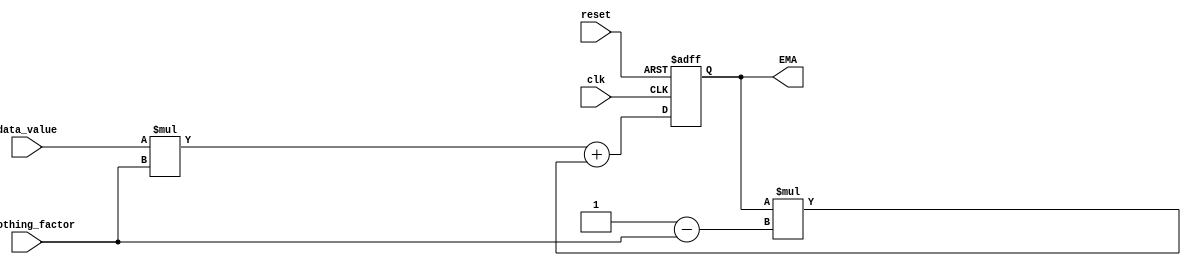
module EMA_accumulator(
    input wire clk,
    input wire reset,
    input wire [31:0] data_value,
    input wire [31:0] smoothing_factor,
    output reg [31:0] EMA
);

reg [31:0] EMA_next;

always @(posedge clk or posedge reset) begin
    if (reset) begin
        EMA <= 0;
    end else begin
        EMA <= EMA_next;
    end
end

always @(*) begin
    EMA_next = (data_value * smoothing_factor) + (EMA * (32'b1 - smoothing_factor));
end

endmodule